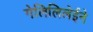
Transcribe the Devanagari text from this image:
गेलिलिलेईने